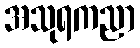
အသုရကညာ